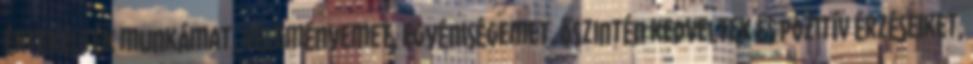
értékelték munkámat, véleményemet, egyéniségemet, Őszintén kedveltek és pozitív érzéseiket,